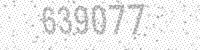
Solution: 639077